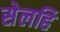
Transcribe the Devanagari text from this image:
सेलहि